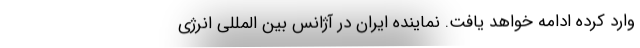
وارد کرده ادامه خواهد یافت. نماینده ایران در آژانس بین المللی انرژی